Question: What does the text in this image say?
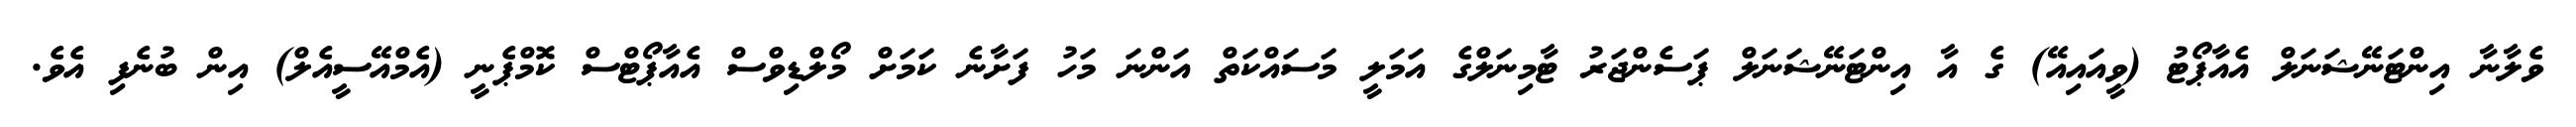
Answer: ވެލާނާ އިންޓަނޭޝަނަލް އެއާޕޯޓު (ވީއައިއޭ) ގެ އާ އިންޓަނޭޝަނަލް ޕަސެންޖަރު ޓާމިނަލްގެ އަމަލީ މަސައްކަތް އަންނަ މަހު ފަށާނެ ކަމަށް މޯލްޑިވްސް އެއާޕޯޓްސް ކޮމްޕެނީ (އެމްއޭސީއެލް) އިން ބުނެފި އެވެ.